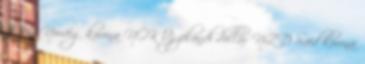
JPY Norvég korona NOK Új-zélandi dollár NZD Svéd korona